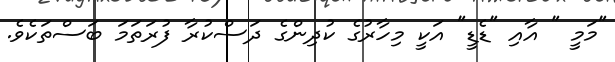
"މަމީ " އާއި "ޑެޑީ" އަކީ މިހާރުގެ ކުދިންގެ ދަސްކުރާ ފުރަތަމަ ބަސްތަކެވެ.